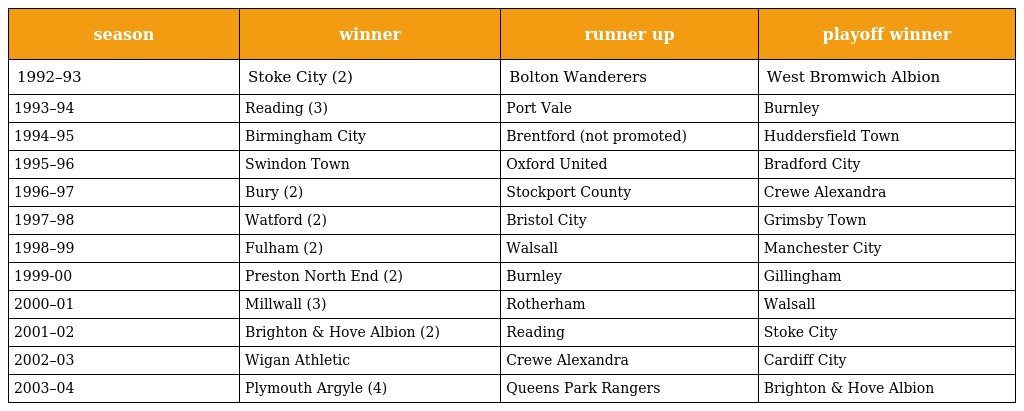
| season | winner | runner up | playoff winner |
 | --- | --- | --- | --- |
 | 1992–93 | Stoke City (2) | Bolton Wanderers | West Bromwich Albion |
 | 1993–94 | Reading (3) | Port Vale | Burnley |
 | 1994–95 | Birmingham City | Brentford (not promoted) | Huddersfield Town |
 | 1995–96 | Swindon Town | Oxford United | Bradford City |
 | 1996–97 | Bury (2) | Stockport County | Crewe Alexandra |
 | 1997–98 | Watford (2) | Bristol City | Grimsby Town |
 | 1998–99 | Fulham (2) | Walsall | Manchester City |
 | 1999-00 | Preston North End (2) | Burnley | Gillingham |
 | 2000–01 | Millwall (3) | Rotherham | Walsall |
 | 2001–02 | Brighton & Hove Albion (2) | Reading | Stoke City |
 | 2002–03 | Wigan Athletic | Crewe Alexandra | Cardiff City |
 | 2003–04 | Plymouth Argyle (4) | Queens Park Rangers | Brighton & Hove Albion |